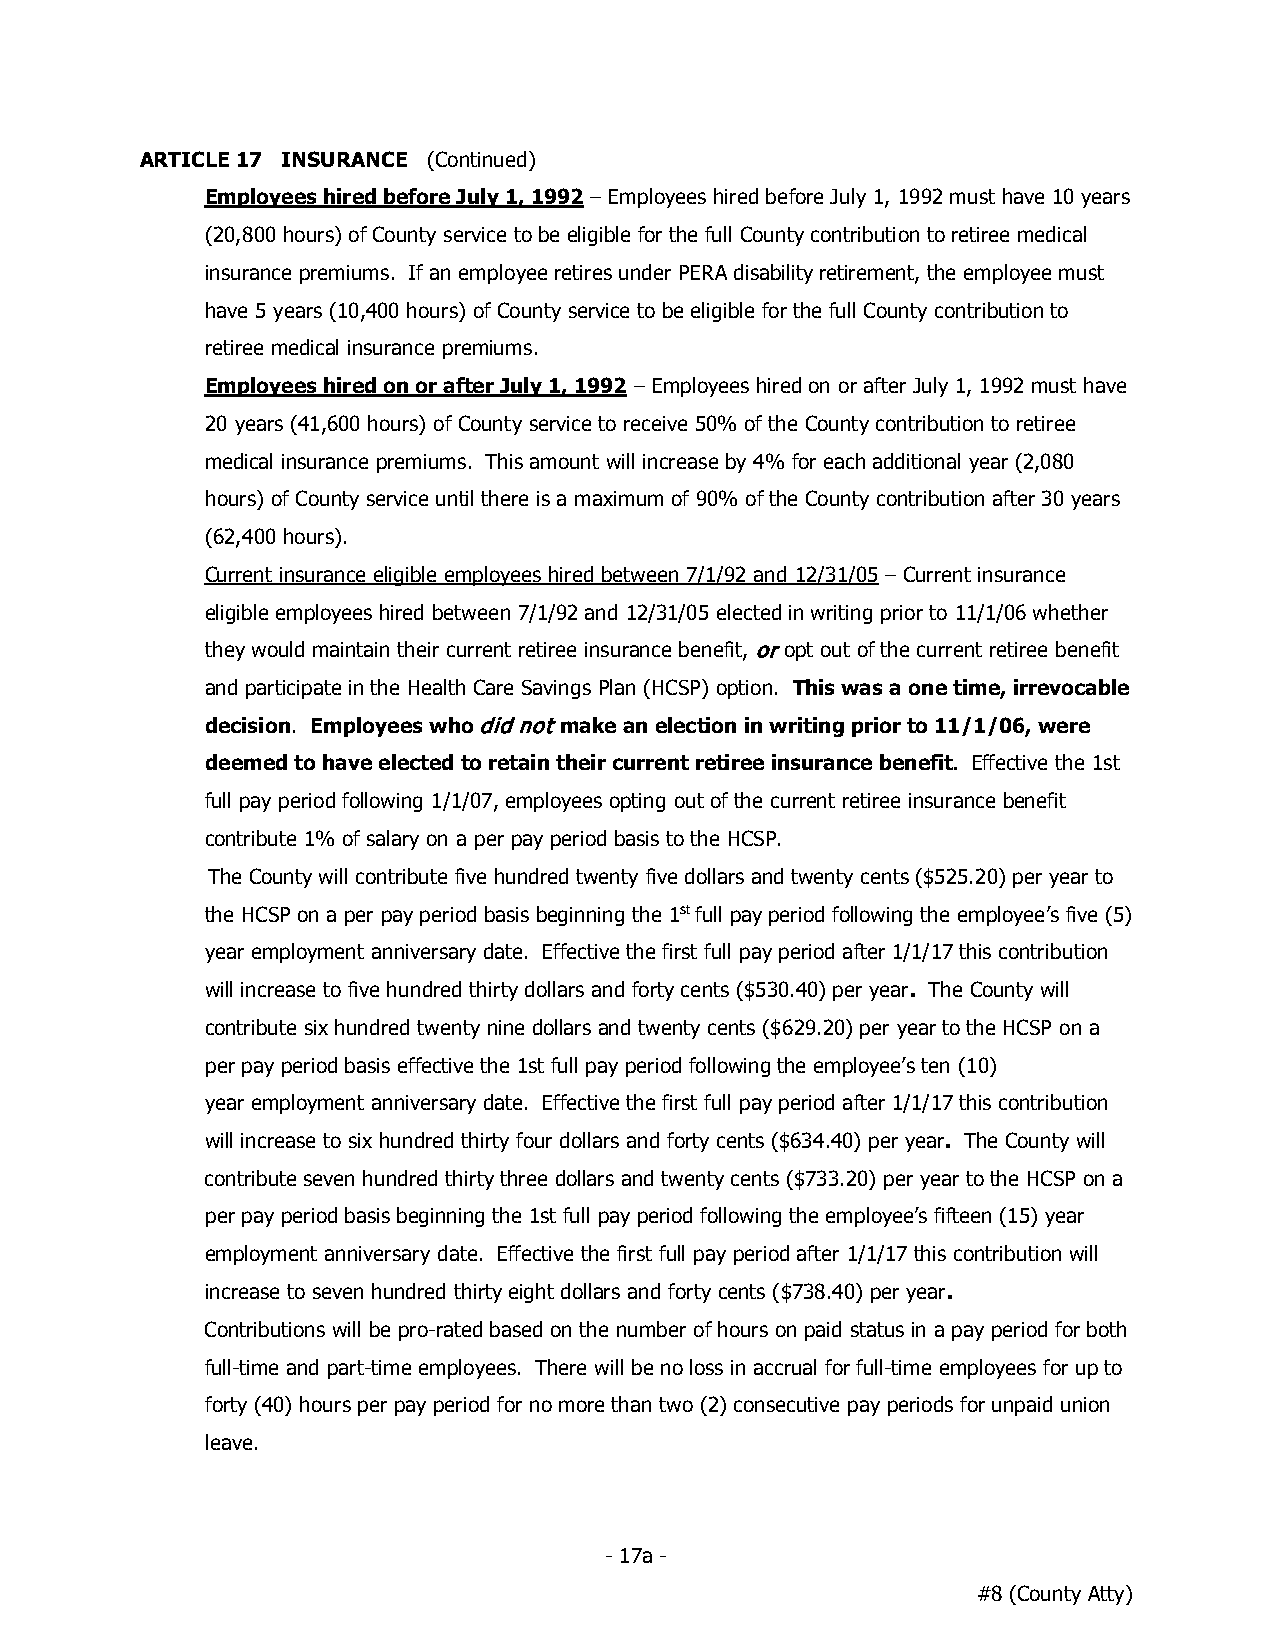
ARTICLE 17 INSURANCE (Continued)
 Employees hired before July 1, 1992 – Employees hired before July 1, 1992 must have 10 years
 (20,800 hours) of County service to be eligible for the full County contribution to retiree medical
 insurance premiums. If an employee retires under PERA disability retirement, the employee must
 have 5 years (10,400 hours) of County service to be eligible for the full County contribution to
 retiree medical insurance premiums.
 Employees hired on or after July 1, 1992 – Employees hired on or after July 1, 1992 must have
 20 years (41,600 hours) of County service to receive 50% of the County contribution to retiree
 medical insurance premiums. This amount will increase by 4% for each additional year (2,080
 hours) of County service until there is a maximum of 90% of the County contribution after 30 years
 (62,400 hours).
 Current insurance eligible employees hired between 7/1/92 and 12/31/05 – Current insurance
 eligible employees hired between 7/1/92 and 12/31/05 elected in writing prior to 11/1/06 whether
 they would maintain their current retiree insurance benefit, opt out of the current retiree benefit
 and participate in the Health Care Savings Plan (HCSP) option. This was a one time, irrevocable
 decision. Employees who make an election in writing prior to 11/1/06, were
 deemed to have elected to retain their current retiree insurance benefit. Effective the 1st
 full pay period following 1/1/07, employees opting out of the current retiree insurance benefit
 contribute 1% of salary on a per pay period basis to the HCSP.
 The County will contribute five hundred twenty five dollars and twenty cents ($525.20) per year to
 the HCSP on a per pay period basis beginning the 1st full pay period following the employee’s five (5)
 year employment anniversary date. Effective the first full pay period after 1/1/17 this contribution
 will increase to five hundred thirty dollars and forty cents ($530.40) per year. The County will
 contribute six hundred twenty nine dollars and twenty cents ($629.20) per year to the HCSP on a
 per pay period basis effective the 1st full pay period following the employee’s ten (10)
 year employment anniversary date. Effective the first full pay period after 1/1/17 this contribution
 will increase to six hundred thirty four dollars and forty cents ($634.40) per year. The County will
 contribute seven hundred thirty three dollars and twenty cents ($733.20) per year to the HCSP on a
 per pay period basis beginning the 1st full pay period following the employee’s fifteen (15) year
 employment anniversary date. Effective the first full pay period after 1/1/17 this contribution will
 increase to seven hundred thirty eight dollars and forty cents ($738.40) per year.
 Contributions will be pro-rated based on the number of hours on paid status in a pay period for both
 full-time and part-time employees. There will be no loss in accrual for full-time employees for up to
 forty (40) hours per pay period for no more than two (2) consecutive pay periods for unpaid union
 leave.
 - 17a -
 #8 (County Atty)